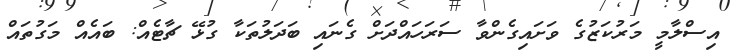
އިސްލާމީ މަރުކަޒުގެ ވަަށައިގެންވާ ސަރަހައްދަށް ގެނައި ބަދަލުތަކާ ގުޅޭ ޗާޓެއް: ބައެއް މަގުތައް